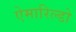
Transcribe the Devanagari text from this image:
ऐमारिल्डो